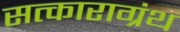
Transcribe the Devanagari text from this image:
सत्काराग्रंथ